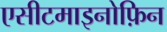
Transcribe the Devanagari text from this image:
एसीटमाइनोफ़िन